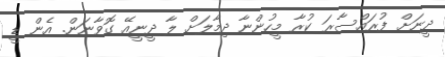
ދީނަށް ފުރައްސާރަ ކުރާ މީހުންނާ ދިމާލަށް ލާ ދީނީއޭ ގޮވާނަން. އެން ޑީ